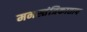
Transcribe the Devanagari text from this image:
मनस्तंत्रिकाताप